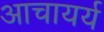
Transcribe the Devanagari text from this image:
आचायर्य